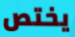
يختص